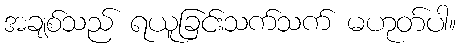
အချစ်သည် ရယူခြင်းသက်သက် မဟုတ်ပါ။